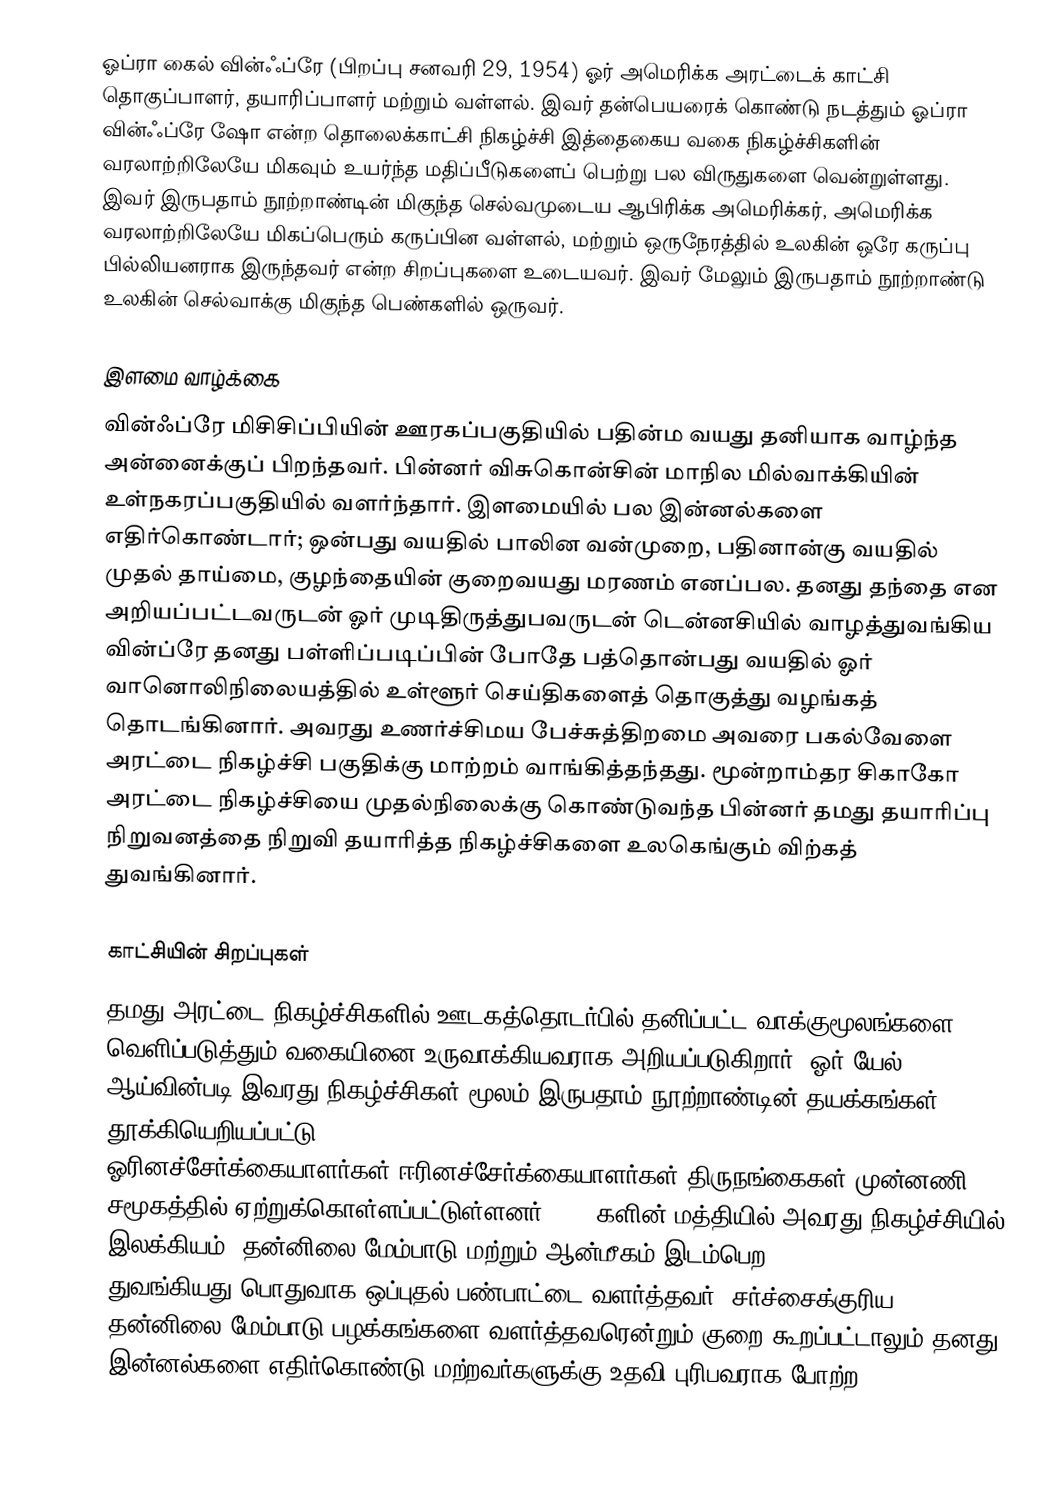
ஓப்ரா கைல் வின்ஃப்ரே (பிறப்பு சனவரி 29, 1954) ஓர் அமெரிக்க அரட்டைக் காட்சி தொகுப்பாளர், தயாரிப்பாளர் மற்றும் வள்ளல். இவர் தன்பெயரைக் கொண்டு நடத்தும் ஓப்ரா வின்ஃப்ரே ஷோ என்ற  தொலைக்காட்சி நிகழ்ச்சி இத்தைகைய வகை நிகழ்ச்சிகளின் வரலாற்றிலேயே மிகவும் உயர்ந்த மதிப்பீடுகளைப் பெற்று பல விருதுகளை வென்றுள்ளது.  இவர் இருபதாம் நூற்றாண்டின் மிகுந்த செல்வமுடைய ஆபிரிக்க அமெரிக்கர்,  அமெரிக்க வரலாற்றிலேயே மிகப்பெரும் கருப்பின வள்ளல்,  மற்றும் ஒருநேரத்தில் உலகின்  ஒரே கருப்பு பில்லியனராக இருந்தவர் என்ற சிறப்புகளை உடையவர். இவர் மேலும் இருபதாம் நூற்றாண்டு உலகின் செல்வாக்கு மிகுந்த பெண்களில் ஒருவர்.

இளமை வாழ்க்கை
வின்ஃப்ரே மிசிசிப்பியின் ஊரகப்பகுதியில் பதின்ம வயது தனியாக வாழ்ந்த அன்னைக்குப் பிறந்தவர். பின்னர் விசுகொன்சின் மாநில மில்வாக்கியின் உள்நகரப்பகுதியில் வளர்ந்தார். இளமையில் பல இன்னல்களை எதிர்கொண்டார்; ஒன்பது வயதில் பாலின வன்முறை, பதினான்கு வயதில் முதல் தாய்மை, குழந்தையின் குறைவயது மரணம் எனப்பல.  தனது தந்தை என அறியப்பட்டவருடன் ஓர் முடிதிருத்துபவருடன் டென்னசியில் வாழத்துவங்கிய வின்ப்ரே தனது பள்ளிப்படிப்பின் போதே பத்தொன்பது வயதில் ஓர் வானொலிநிலையத்தில் உள்ளூர் செய்திகளைத் தொகுத்து வழங்கத் தொடங்கினார். அவரது உணர்ச்சிமய பேச்சுத்திறமை அவரை  பகல்வேளை அரட்டை நிகழ்ச்சி பகுதிக்கு மாற்றம் வாங்கித்தந்தது. மூன்றாம்தர சிகாகோ அரட்டை நிகழ்ச்சியை முதல்நிலைக்கு   கொண்டுவந்த பின்னர் தமது தயாரிப்பு நிறுவனத்தை நிறுவி தயாரித்த நிகழ்ச்சிகளை உலகெங்கும் விற்கத் துவங்கினார்.

காட்சியின் சிறப்புகள்
தமது அரட்டை நிகழ்ச்சிகளில் ஊடகத்தொடர்பில் தனிப்பட்ட வாக்குமூலங்களை வெளிப்படுத்தும் வகையினை உருவாக்கியவராக அறியப்படுகிறார். ஓர்  யேல்  ஆய்வின்படி இவரது நிகழ்ச்சிகள் மூலம் இருபதாம் நூற்றாண்டின் தயக்கங்கள் தூக்கியெறியப்பட்டு ஓரினச்சேர்க்கையாளர்கள்,ஈரினச்சேர்க்கையாளர்கள்,திருநங்கைகள் முன்னணி சமூகத்தில் ஏற்றுக்கொள்ளப்பட்டுள்ளனர். 1990களின் மத்தியில் அவரது நிகழ்ச்சியில் இலக்கியம், தன்னிலை மேம்பாடு மற்றும் ஆன்மீகம் இடம்பெற துவங்கியது.பொதுவாக ஒப்புதல் பண்பாட்டை வளர்த்தவர்,   சர்ச்சைக்குரிய தன்னிலை மேம்பாடு பழக்கங்களை வளர்த்தவரென்றும் குறை கூறப்பட்டாலும் தனது இன்னல்களை  எதிர்கொண்டு மற்றவர்களுக்கு உதவி புரிபவராக போற்ற